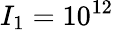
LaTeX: I_{1}=10^{12}